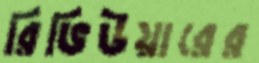
রিভিউয়ারের